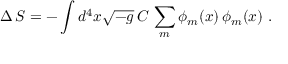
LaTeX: \Delta \, S = - \int d ^ { 4 } x \sqrt { - g } \, C \, \sum _ { m } \phi _ { m } ( x ) \, \phi _ { m } ( x ) \, \, .